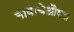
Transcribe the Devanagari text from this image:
नावाचेऔषध